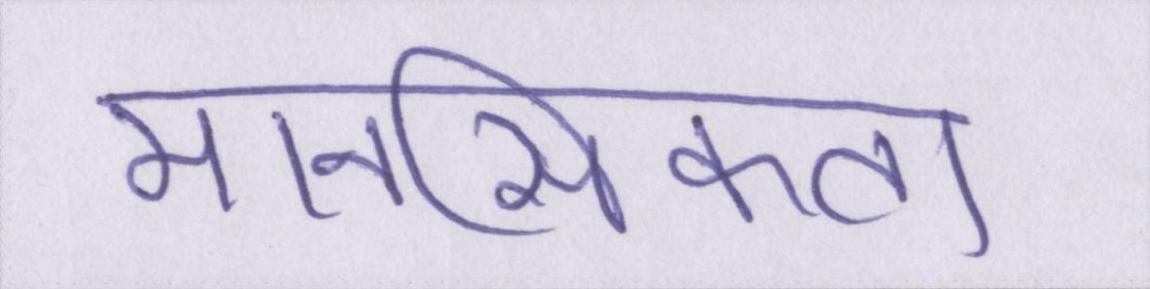
मानसिकता